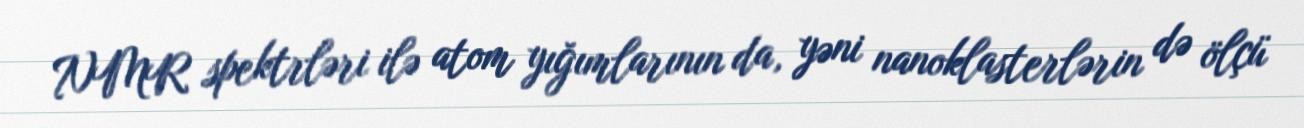
NMR spektrləri ilə atom yığımlarının da, yəni nanoklasterlərin də ölçü